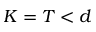
K = T < d